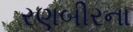
રણબીરના